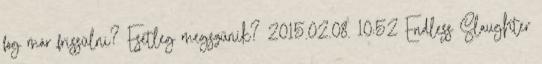
fog már frissülni? Esetleg megszűnik? 2015.02.08. 10:52 Endless Slaughter